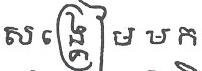
សង្គ្រៀមមក